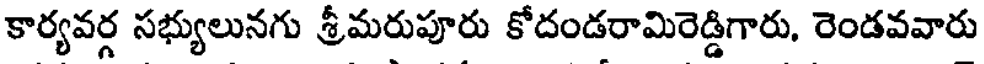
కార్యవర్గ సభ్యులునగు శ్రీమరుపూరు కోదండరామిరెడ్డిగారు, రెండవవారు